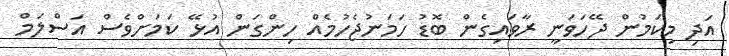
އަދި މިކަމުން ދޭހަވަނީ ރާވައިގެން ބޮޑު ހަމަނުޖެހުމެއް ހިންގަން އުޅޭ ކަމަށްވެސް އަސްލަމް